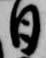
日